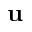
\mathbf { u }